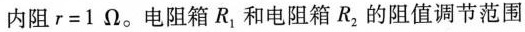
内阻$$r=1Ω$$。电阻箱R_{1}和电阻箱R_{2}的阻值调节范围